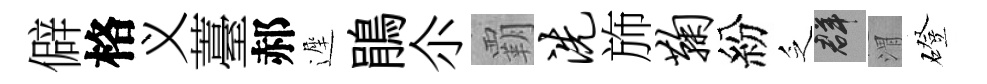
僻格义薹郝遲鵑尒覇洗斾鞠紛乏群渭磴